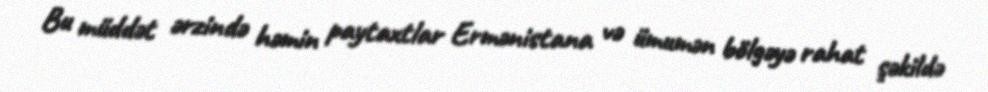
Bu müddət ərzində həmin paytaxtlar Ermənistana və ümumən bölgəyə rahat şəkildə